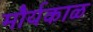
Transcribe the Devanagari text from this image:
मौर्यकाळ